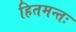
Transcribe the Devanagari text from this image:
हितमन्तः